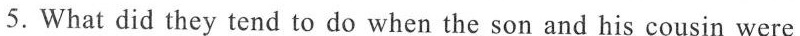
5.What did they tend to do when the son and his cousin were